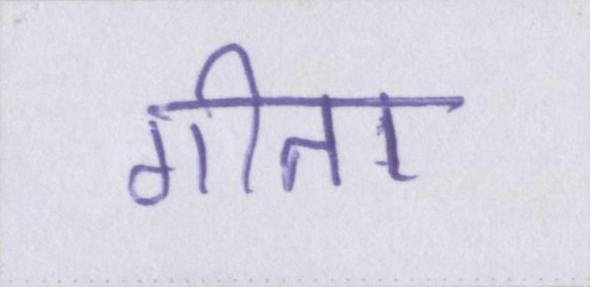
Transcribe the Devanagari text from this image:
गीता